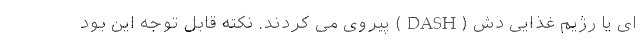
ای یا رژیم غذایی دش (DASH) پیروی می کردند. نکته قابل توجه این بود